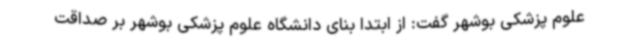
علوم پزشکی بوشهر گفت: از ابتدا بنای دانشگاه علوم پزشکی بوشهر بر صداقت